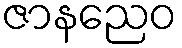
ဇာနညေဝ